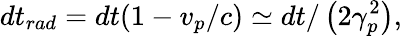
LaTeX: dt_{rad}=dt(1-v_{p}/c)\simeq dt/\left(2\gamma_{p}^{2}\right),